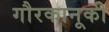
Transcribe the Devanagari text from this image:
गौरकानूकी